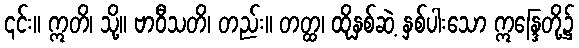
၎င်း။ ဣတိ၊ သို့။ ဗာဝီသတိ၊ တည်း။ တတ္ထ၊ ထိုနှစ်ဆဲ့ နှစ်ပါးသော ဣန္ဒြေတို့၌